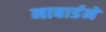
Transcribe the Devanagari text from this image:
नाबार्डने